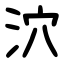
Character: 泬